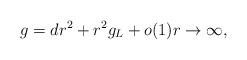
LaTeX: \begin{align*} g = dr^2 + r^2 g_L + o(1) r \to \infty,\end{align*}